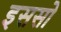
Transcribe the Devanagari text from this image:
इससो